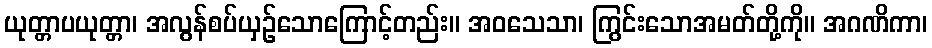
ယုတ္တာပယုတ္တာ၊ အလွန်စပ်ယှဉ်သောကြောင့်တည်း။ အဝသေသာ၊ ကြွင်းသောအမတ်တို့ကို။ အဂဏိကာ၊